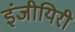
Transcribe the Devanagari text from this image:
इंजीयिरी